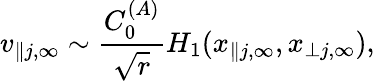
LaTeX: v_{\parallel j,\infty}\sim\frac{C_{0}^{(A)}}{\sqrt{r}}H_{1}(x_{\parallel j,\infty},x_{\perp j,\infty}),